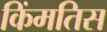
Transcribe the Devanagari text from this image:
किंमतिस